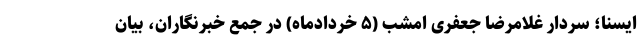
ایسنا؛ سردار غلامرضا جعفری امشب (۵ خردادماه) در جمع خبرنگاران، بیان